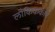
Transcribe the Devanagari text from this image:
लौकिककार